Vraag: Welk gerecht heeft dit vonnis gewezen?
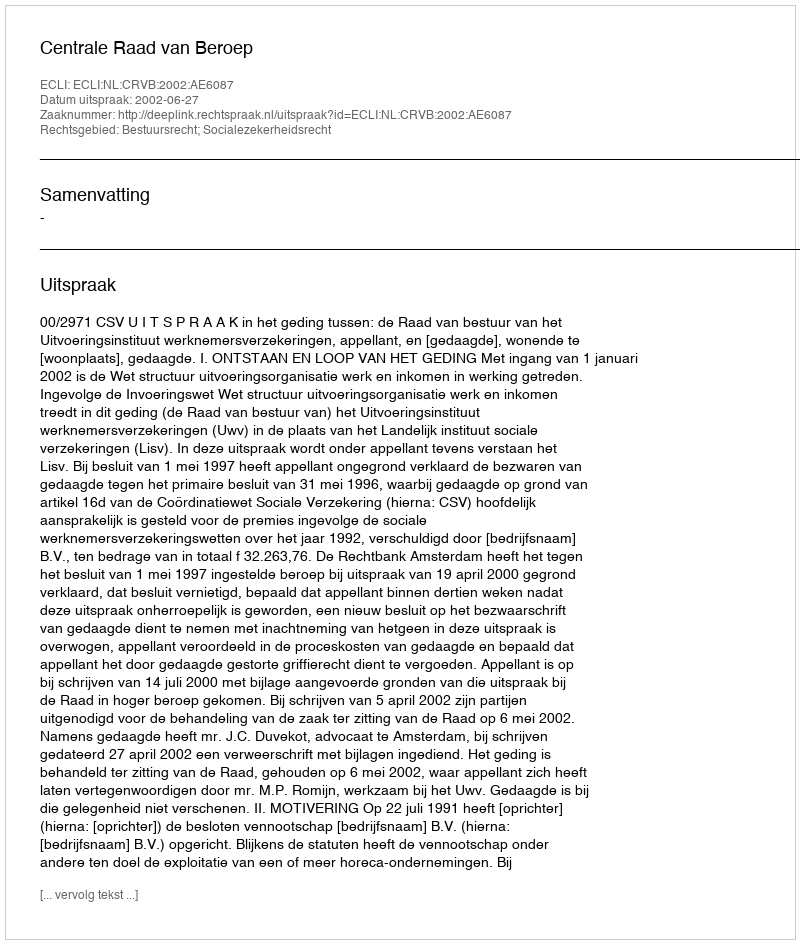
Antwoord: Centrale Raad van Beroep